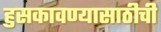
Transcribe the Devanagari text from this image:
हुसकावण्यासाठीची